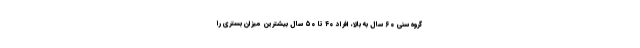
گروه سنی ۶۰ سال به بالا، افراد ۴۰ تا ۵۰ سال بیشترین میزان بستری را